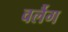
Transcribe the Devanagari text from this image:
वर्लैग